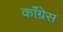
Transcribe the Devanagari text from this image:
काॅंग्रेस